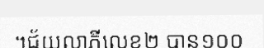
។ជ័យលាភីលេខ២ បាន១០០